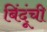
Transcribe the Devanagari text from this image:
बिंदूंची